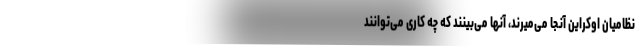
نظامیان اوکراین آنجا می‌میرند، آنها می‌بینند که چه کاری می‌توانند